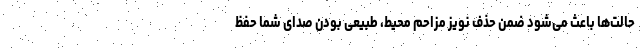
حالت‌ها باعث می‌شود ضمن حذف نویز مزاحم محیط، طبیعی بودن صدای شما حفظ